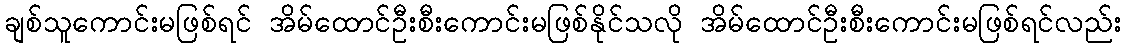
ချစ်သူကောင်းမဖြစ်ရင် အိမ်ထောင်ဦးစီးကောင်းမဖြစ်နိုင်သလို အိမ်ထောင်ဦးစီးကောင်းမဖြစ်ရင်လည်း